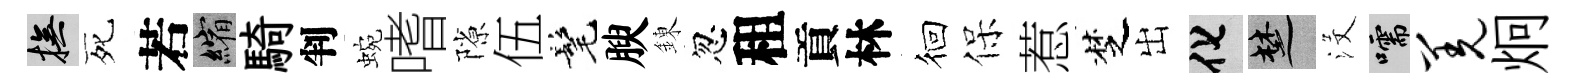
撫死若縮騎判蜿嗜隙伍髦腴錬忽租貢林徊保惹椘出化楚沒嚅羌炯